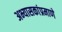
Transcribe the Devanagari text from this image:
अभ्यासकांप्रमाणे